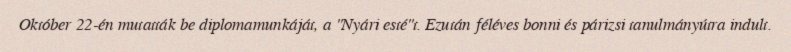
Október 22-én mutatták be diplomamunkáját, a "Nyári esté"t. Ezután féléves bonni és párizsi tanulmányútra indult.